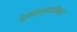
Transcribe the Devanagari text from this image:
घुसळल्याशिवाय